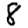
Digit: 8